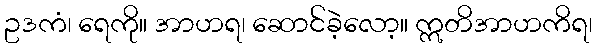
ဥဒကံ၊ ရေကို။ အာဟရ၊ ဆောင်ခဲ့လော့။ ဣတိအာဟကိရ၊